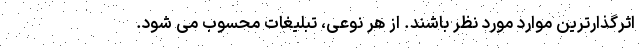
اثرگذارترین موارد مورد نظر باشند. از هر نوعی، تبلیغات محسوب می شود.